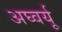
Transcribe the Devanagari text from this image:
अघ्वर्यू